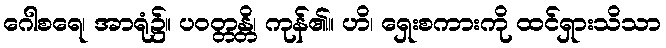
ဂေါစရေ၊ အာရုံ၌။ ပဝတ္တန္တိ၊ ကုန်၏။ ဟိ၊ ရှေးစကားကို ထင်ရှားသိသာ